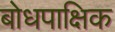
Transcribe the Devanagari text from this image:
बोधपाक्षिक